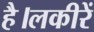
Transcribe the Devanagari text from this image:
है।लकीरें